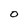
Character: O